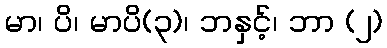
မာ၊ ပိ၊ မာပိ(၃)၊ ဘနှင့်၊ ဘာ (၂)